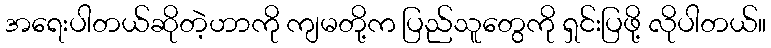
အရေးပါတယ်ဆိုတဲ့ဟာကို ကျမတို့က ပြည်သူတွေကို ရှင်းပြဖို့ လိုပါတယ်။